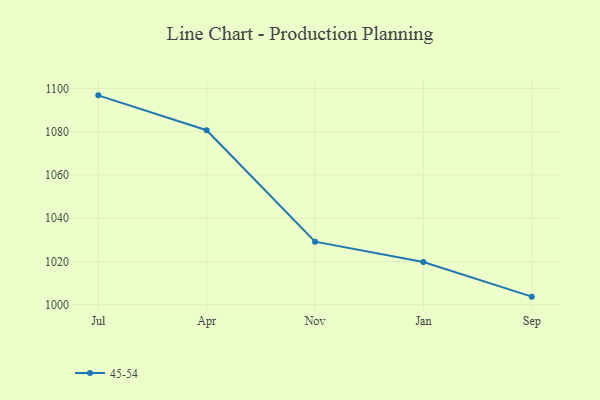
{"axis": {"x": "Month", "y": "Gross Profit (USD K)"}, "legend": ["45-54"], "data": [{"x": "Jul", "y": 1096.8, "type": "45-54"}, {"x": "Apr", "y": 1080.7, "type": "45-54"}, {"x": "Nov", "y": 1029.2, "type": "45-54"}, {"x": "Jan", "y": 1019.8, "type": "45-54"}, {"x": "Sep", "y": 1003.8, "type": "45-54"}]}